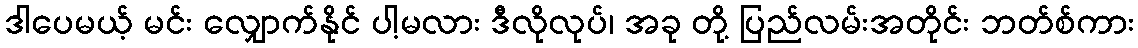
ဒါပေမယ့် မင်း လျှောက်နိုင် ပါ့မလား ဒီလိုလုပ်၊ အခု တို့ ပြည်လမ်းအတိုင်း ဘတ်စ်ကား